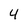
Character: 4